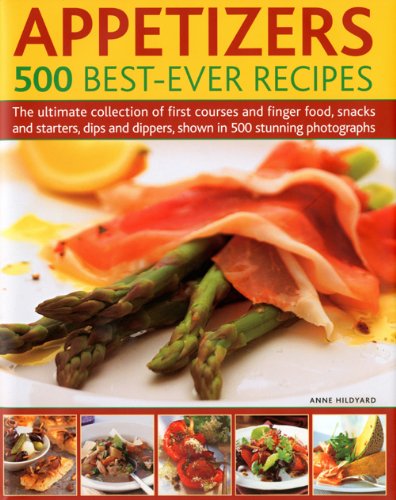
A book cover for Appetizers: 500 Best-Ever Recipes: The Ultimate Collection of Finger Food and First Courses, Dips and Dippers, Snacks and Starters, Shown in 500 Stunning Photographs; Anne Hildyard; Cookbooks, Food & Wine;